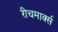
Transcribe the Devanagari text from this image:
रीचमार्क्स